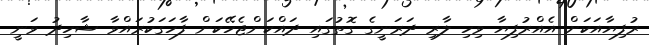
ރުފިޔާއަކަށް އެއްރުފިޔާ ވިހި ލާރި ދަރަނީގެ ގޮތުގައި ދައްކަންޖެހޭކަން ފާހަގަކުރައްވާ ޝާހިދު ވަނީ